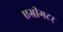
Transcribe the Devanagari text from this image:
एग्रीगटर